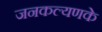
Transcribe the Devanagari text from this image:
जनकल्यणके